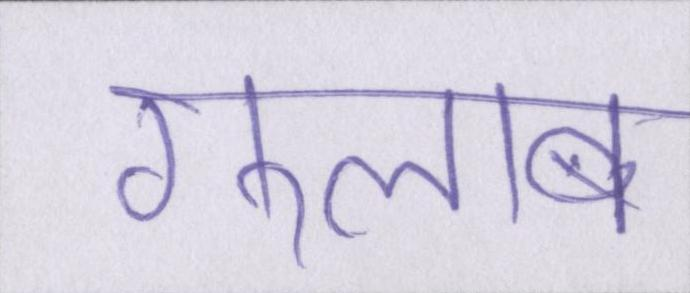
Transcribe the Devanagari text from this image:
गुलाब